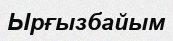
Ырғызбайым